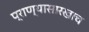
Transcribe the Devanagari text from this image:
प्राण्यासारखाच